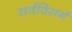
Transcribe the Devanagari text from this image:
सर्वविसर्ग